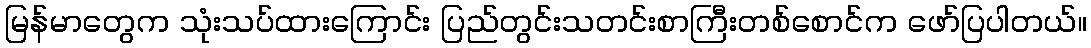
မြန်မာတွေက သုံးသပ်ထားကြောင်း ပြည်တွင်းသတင်းစာကြီးတစ်စောင်က ဖော်ပြပါတယ်။